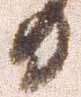
る